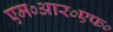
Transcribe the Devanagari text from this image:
एम०आर०एफ०